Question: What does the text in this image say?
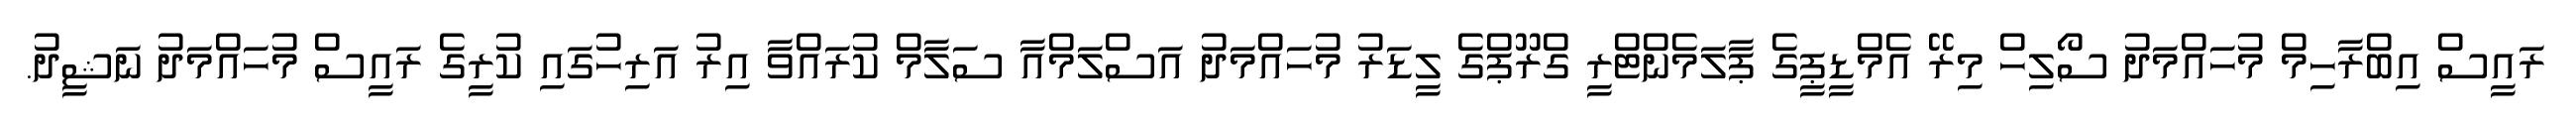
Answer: ރައީސް އިބްރާހިމް މުހައްމަދު ސޯލިހް މިރޭ އެމްޑީޕީގެ ޕާލަމެންޓްރީ ގްރޫޕްގެ ލީޑަރު މުހައްމަދު އަސްލަމްއާ ސަލާމް ކުރައްވާ އިރު އަރިހުގައި ކުރީގެ ރައީސް މުހައްމަދު ނަޝީދު.